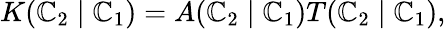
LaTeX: K(\mathbb{C}_{2}\mid\mathbb{C}_{1})=A(\mathbb{C}_{2}\mid\mathbb{C}_{1})T(\mathbb{C}_{2}\mid\mathbb{C}_{1}),